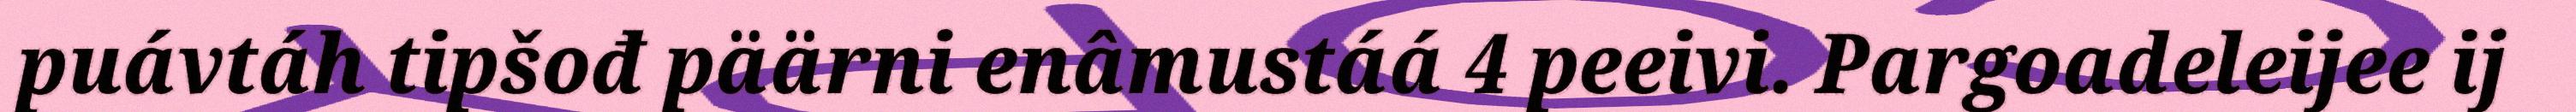
puávtáh tipšođ päärni enâmustáá 4 peeivi. Pargoadeleijee ij